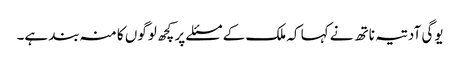
یوگی آدتیہ ناتھ نے کہا کہ ملک کے مسئلے پر کچھ لوگوں کا منہ بند ہے۔